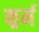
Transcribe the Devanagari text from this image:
कर्र्म